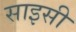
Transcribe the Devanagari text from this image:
साइसी